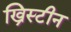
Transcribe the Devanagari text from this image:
ख्रिस्टीन